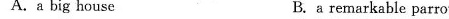
A.a big house B.a remarkable parrot